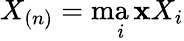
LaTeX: X_{(n)}=\operatorname*{ma\mathbf{x}}_{i}X_{i}